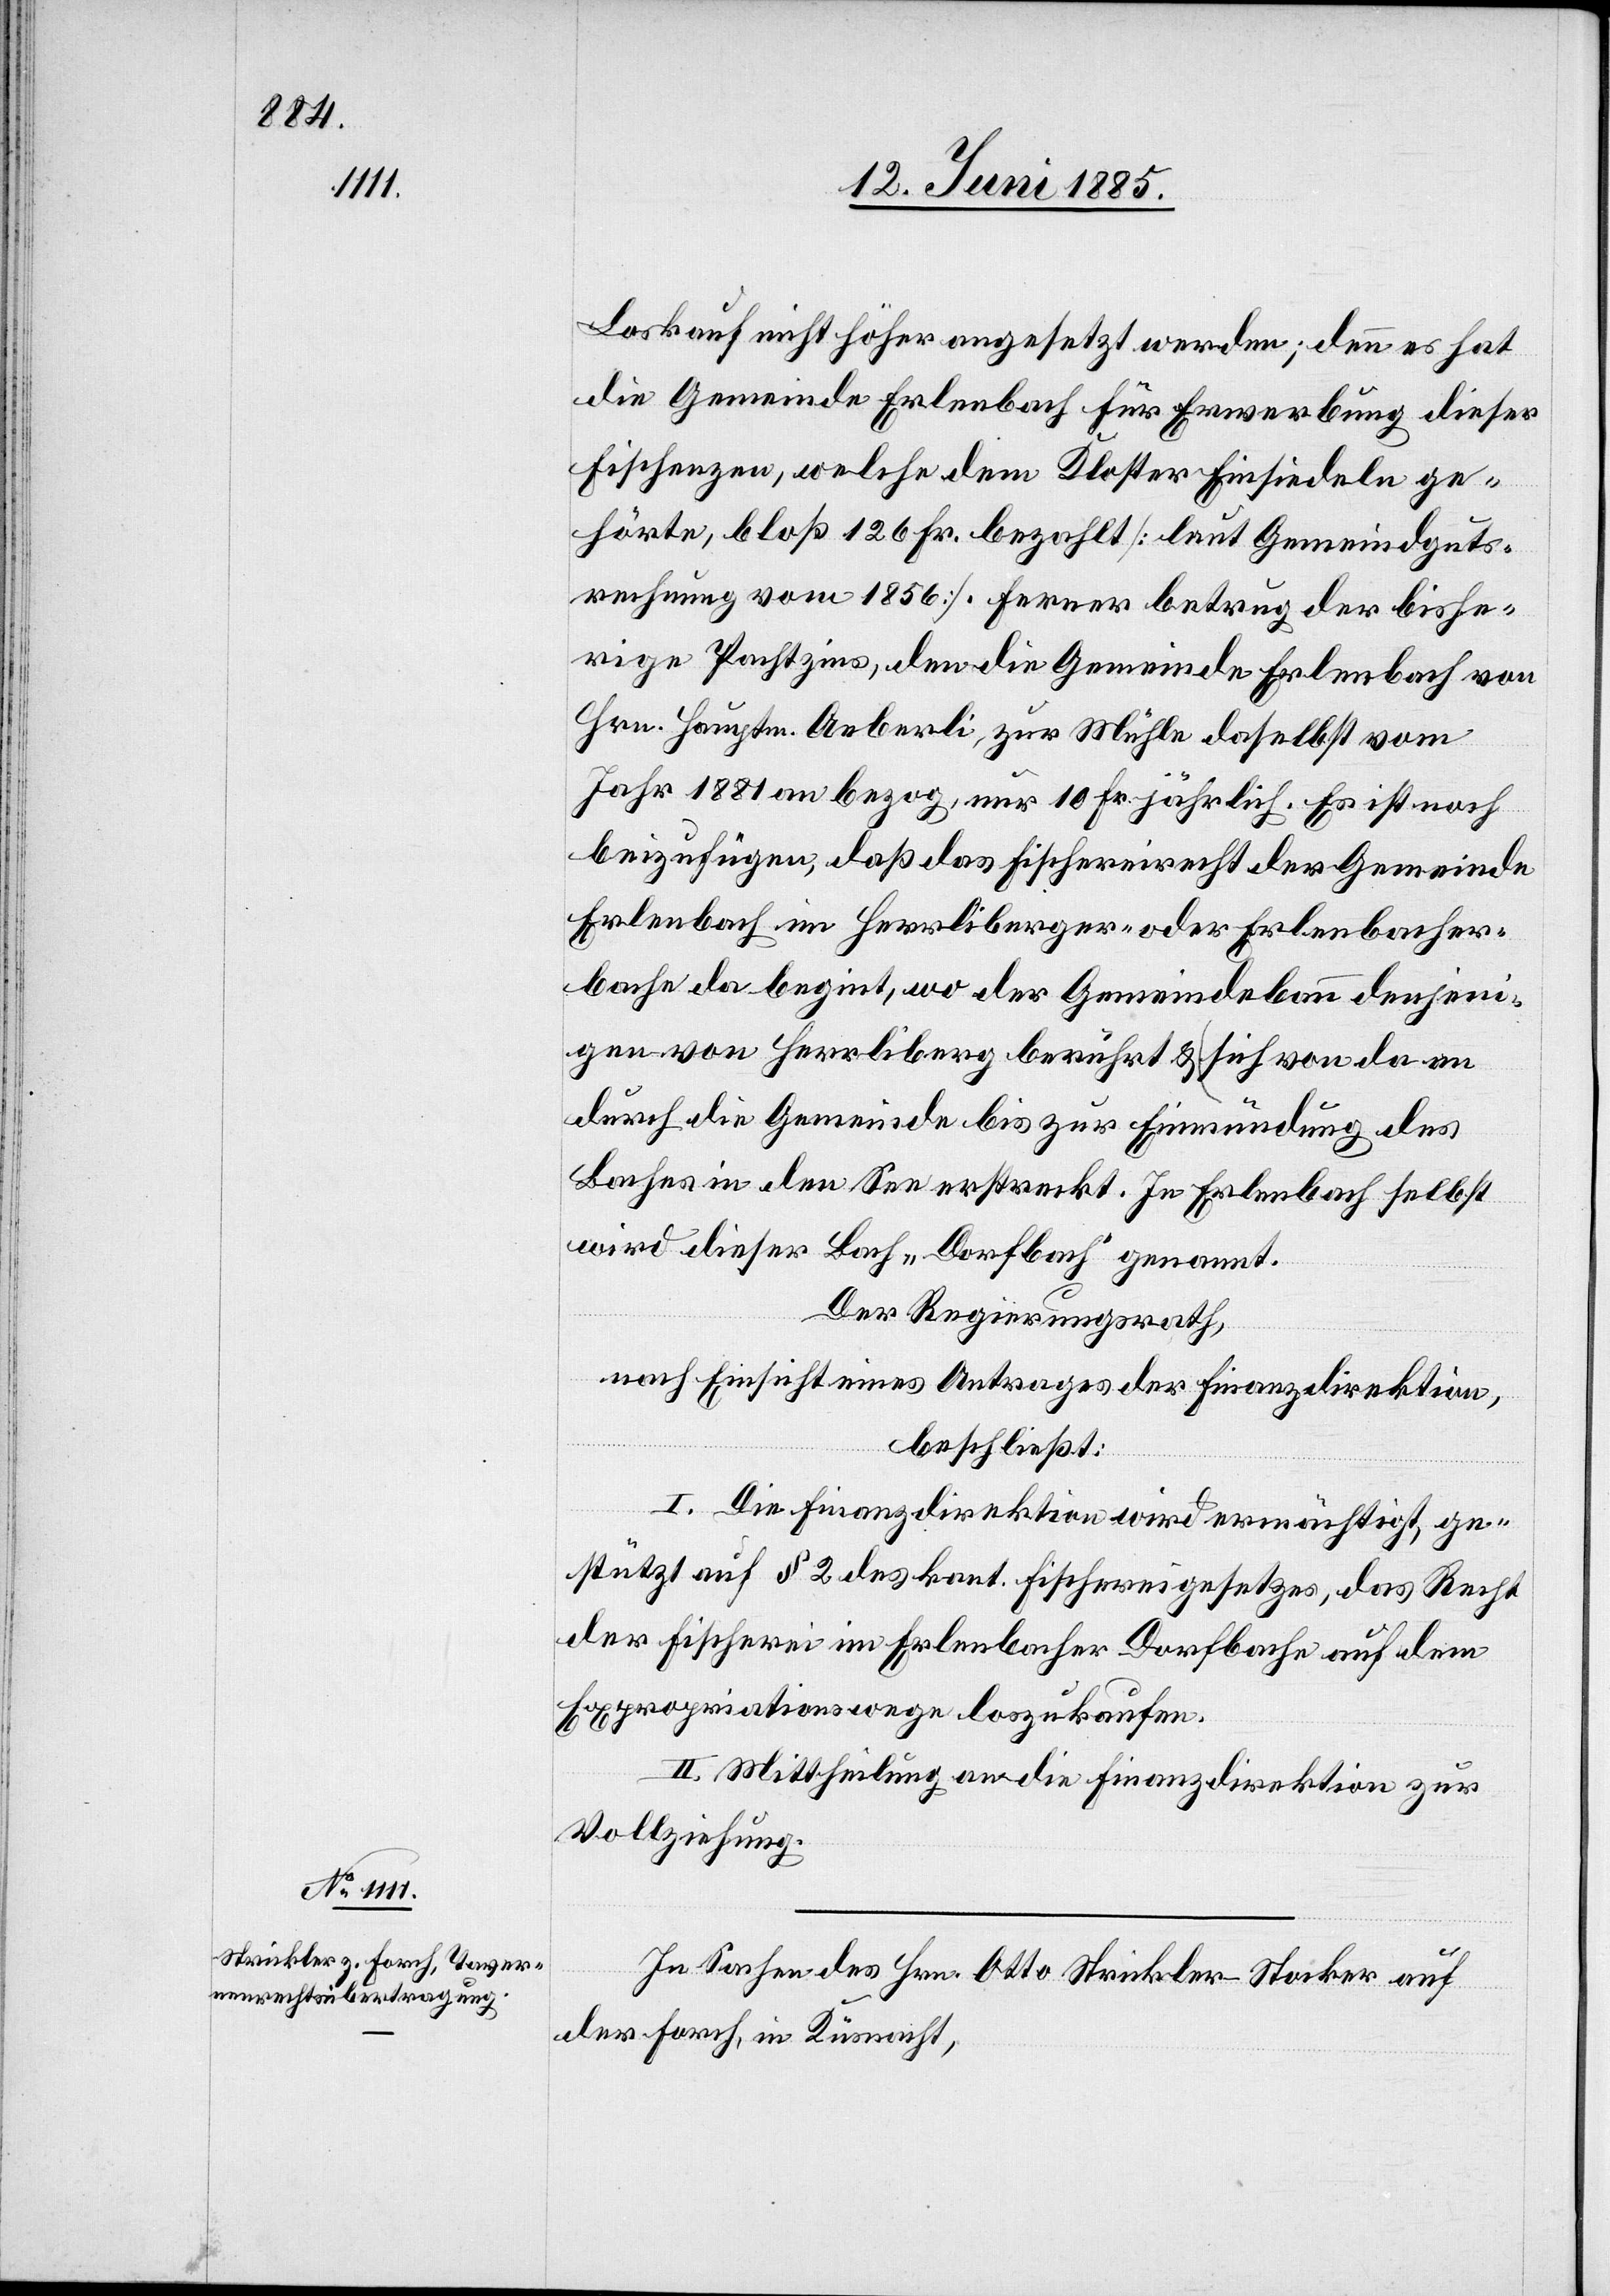
Loskauf nicht höher angesetzt werden; denn es hat
die Gemeinde Erlenbach für Erwerbung dieser
Fischenzen, welche dem Kloster Einsiedeln ge¬
hörte, bloß 126 Fr. bezahlt [laut Gemeindeguts¬
rechnung vom 1856]. Ferner betrug der bishe¬
rige Pachtzins, den die Gemeinde Erlenbach von
Hrn. Hauptm. Aeberli, zur Mühle daselbst vom
Jahr 1881 an bezog, nur 10 Fr. jährlich. Es ist noch
beizufügen, daß das Fischereirecht der Gemeinde
Erlenbach im Herrliberger- oder Erlenbacher¬
bache da begin[n]t, wo der Gemeindebann denjeni¬
gen von Herrliberg berührt & sich von da an
durch die Gemeinde bis zur Einmündung des
Baches in den See erstreckt. In Erlenbach selbst
wird dieser Bach „Dorfbach“ genannt.
Der Regierungsrath,
nach Einsicht eines Antrages der Finanzdirektion,
beschließt:
I. Die Finanzdirektion wird ermächtigt, ge¬
stützt auf § 2 des kant. Fischereigesetzes, das Recht
der Fischerei im Erlenbacher Dorfbache auf dem
Expropriationswege loszukaufen.
II. Mittheilung an die Finanzdirektion zur
Vollziehung.
In Sachen des Hrn. Otto Strickler-Stocker auf
der Forch, in Küsnacht,